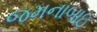
જમનાબાઇ